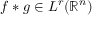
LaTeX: f \ast g \in L ^ { r } ( \mathbb { R } ^ { n } )